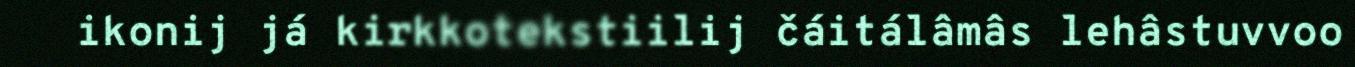
ikonij já kirkkotekstiilij čáitálâmâs lehâstuvvoo